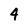
Character: 4